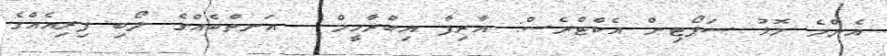
އެންމެ މޮޅު ސަޕޯޓިން އެކްޓްރެސް: އާރިފާ އިބްރާހީމް - އަނތްބެއްގެ ލޯބި ފިރިއެއްގެ